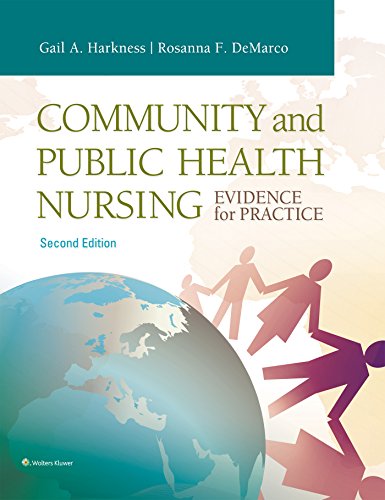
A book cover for Community and Public Health Nursing: Evidence for Practice; Gail A. Harkness DrPH  RN  FAAN; Medical Books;